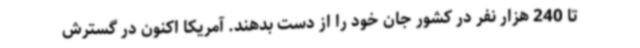
تا 240 هزار نفر در کشور جان خود را از دست بدهند. آمریکا اکنون در گسترش